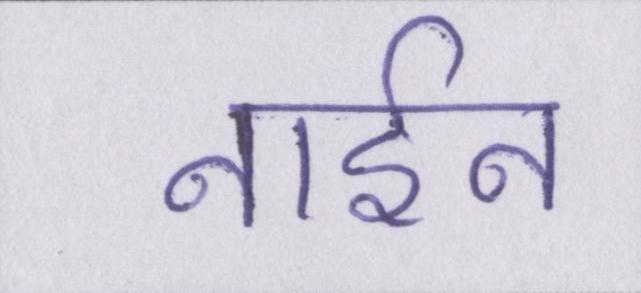
नाईन